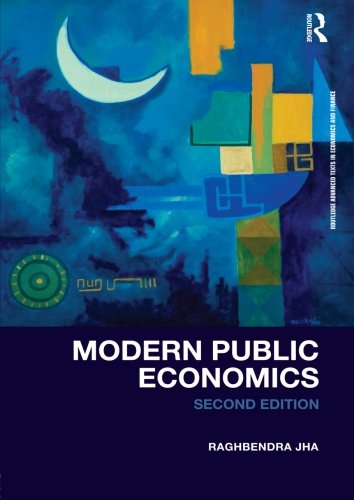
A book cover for Modern Public Economics Second Edition (Routledge Advanced Texts in Economics and Finance); Raghbendra Jha; Law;